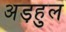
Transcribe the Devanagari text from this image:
अड़हुल